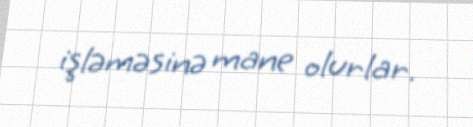
işləməsinə mane olurlar.